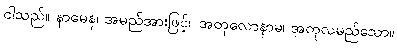
ငါသည်။ နာမေန၊ အမည်အားဖြင့်။ အတုလောနာမ၊ အတုလမည်သော။